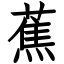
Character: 蕉